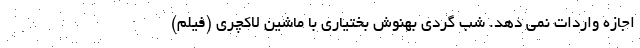
اجازه واردات نمی دهد. شب گردی بهنوش بختیاری با ماشین لاکچری (فیلم)